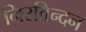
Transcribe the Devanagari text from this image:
निरविन्दन